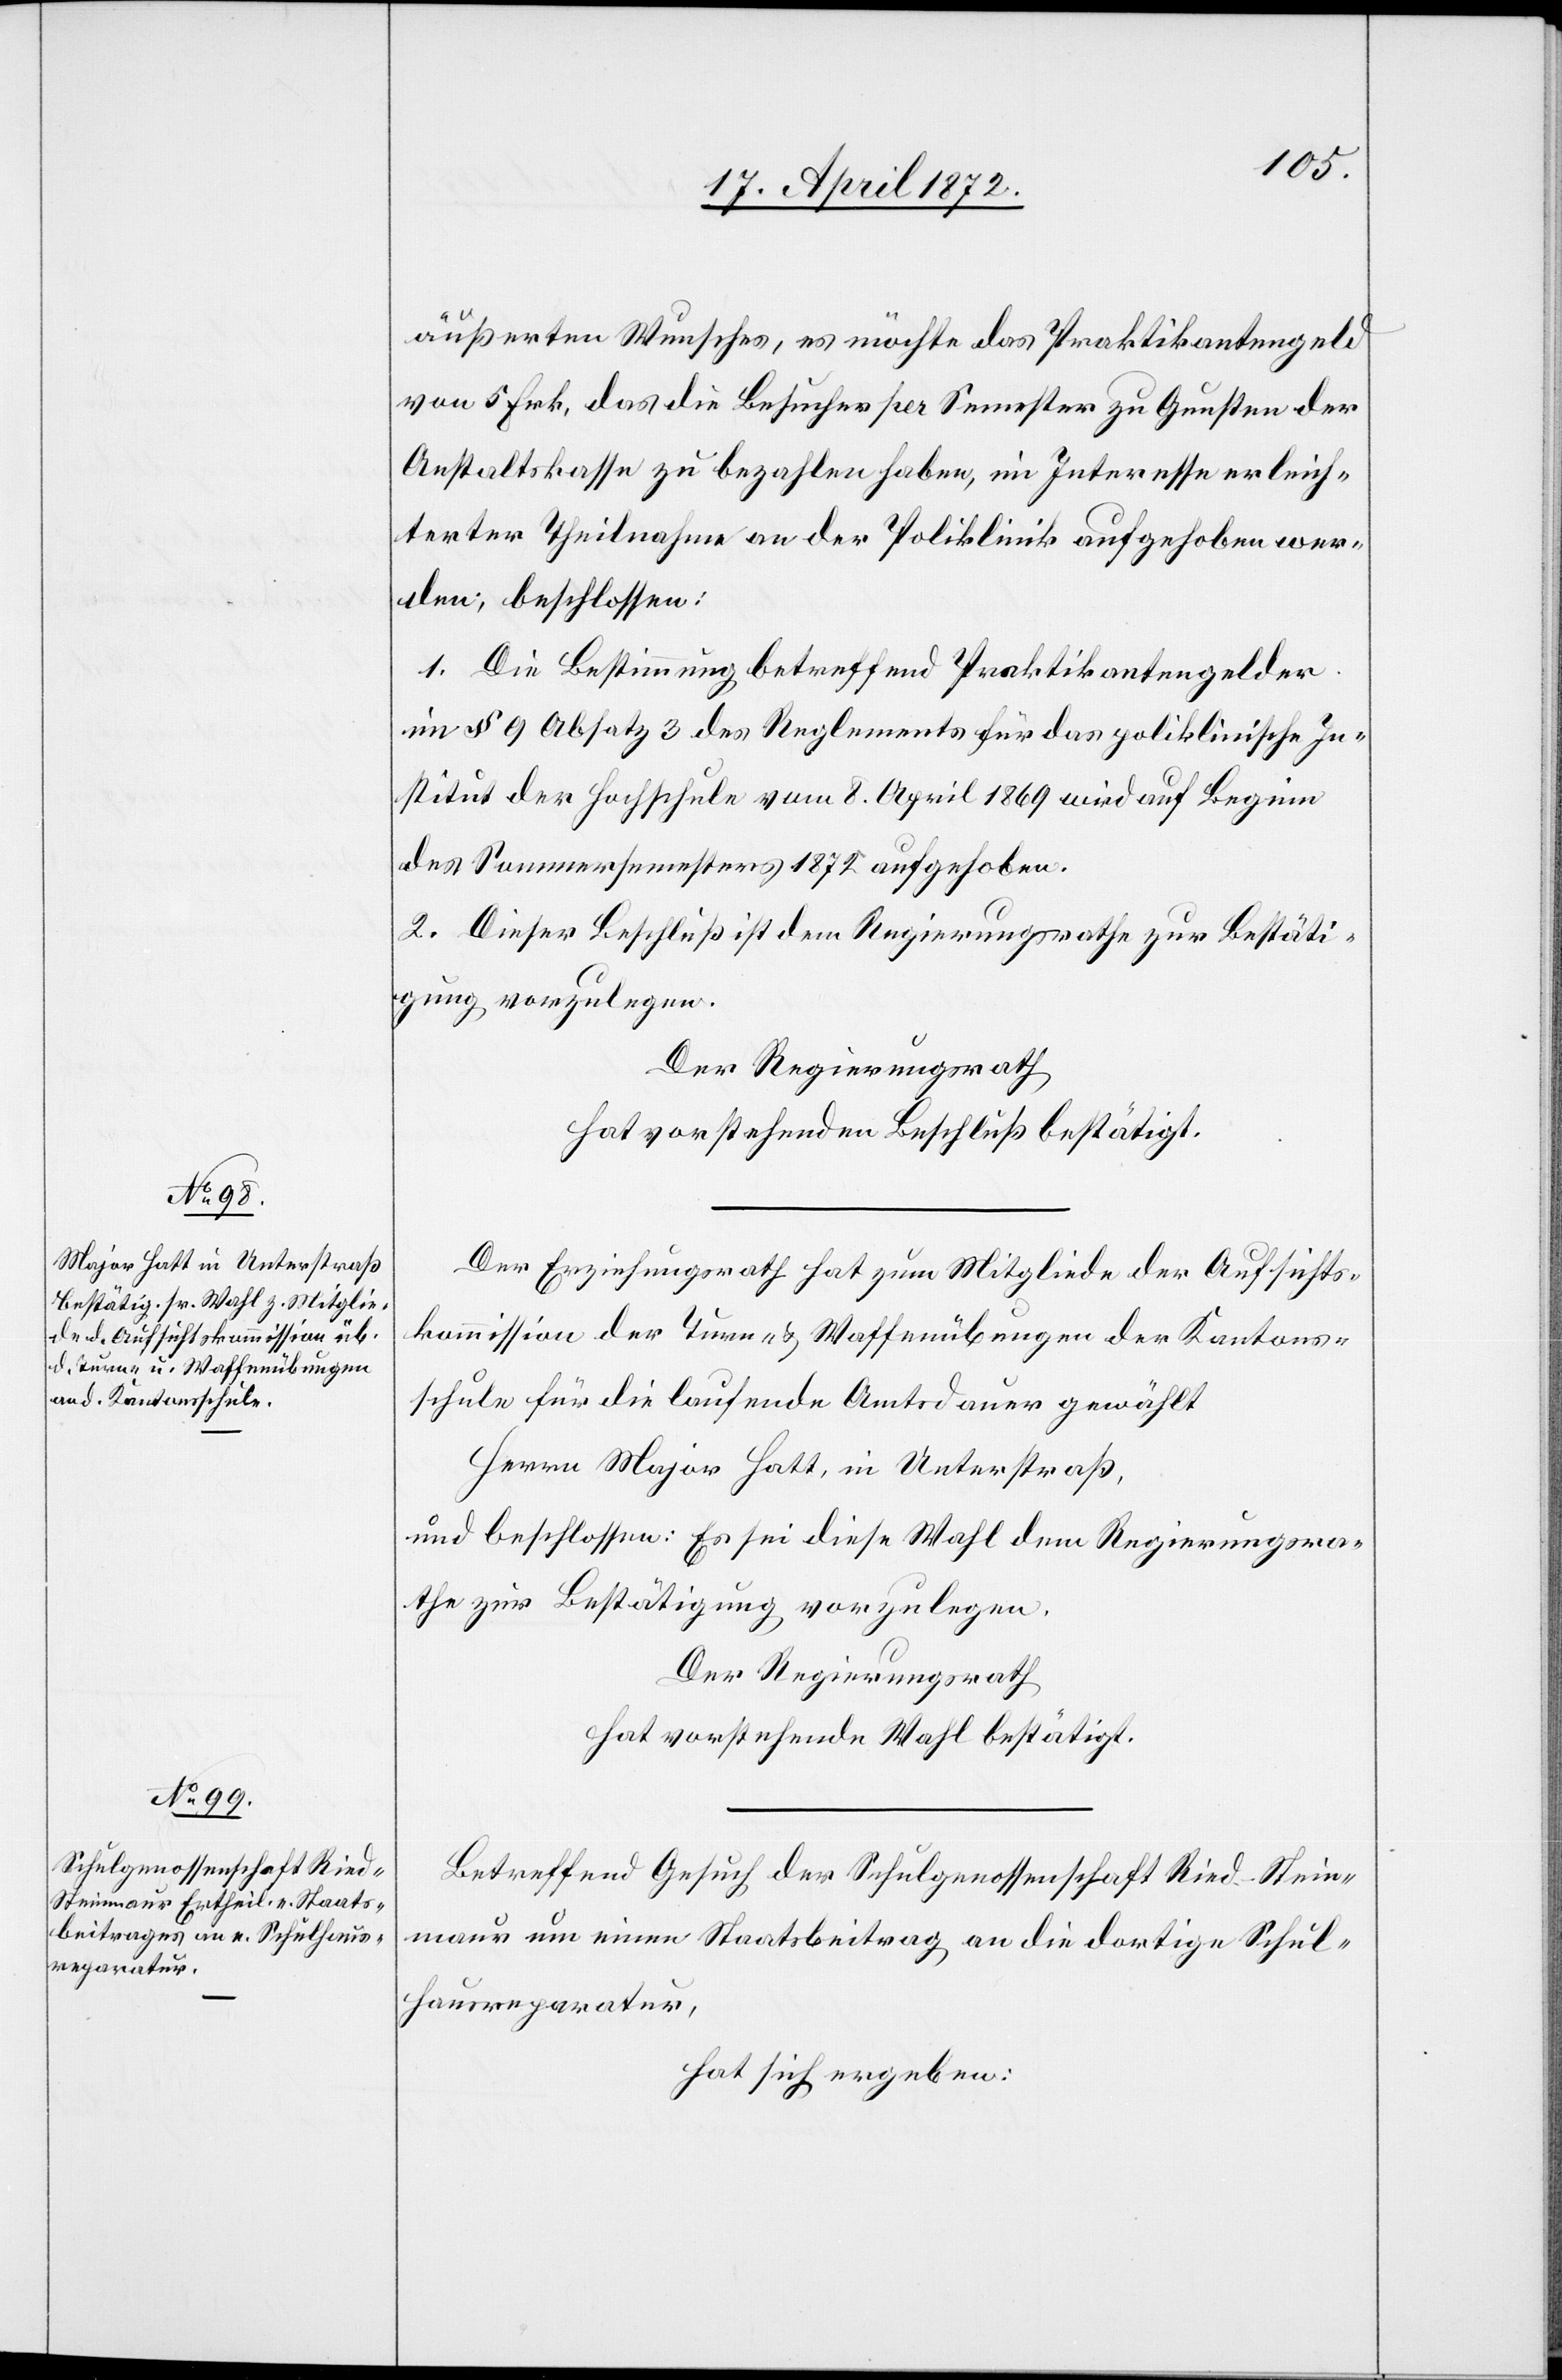
äußerten Wunsches, es möchte das Praktikantengeld
von 5 Frk, das die Besucher per Semester zu Gunsten der
Anstaltskasse zu bezahlen haben, im Interesse erleich¬
terter Theilnahme an der Poliklinik aufgehoben wer¬
den; beschlossen:
1. Die Bestimmung betreffend Praktikantengelder
im § 9 Absatz 3 des Reglements für das poliklinische In¬
stitut der Hochschule vom 8. April 1869 wird auf Beginn
des Sommersemesters 1872 aufgehoben.
2. Dieser Beschluß ist dem Regierungsrathe zur Bestäti¬
gung vorzulegen.
Der Regierungsrath
hat vorstehenden Beschluß bestätigt.
Der Erziehungsrath hat zum Mitgliede der Aufsichts¬
kommission der Turn- u. Waffenübungen der Kantons¬
schule für die laufende Amtsdauer gewählt
Herrn Major Hatt, in Unterstraß,
und beschlossen: Es sei diese Wahl dem Regierungsra¬
the zur Bestätigung vorzulegen.
Der Regierungsrath
hat vorstehende Wahl bestätigt.
Betreffend Gesuch der Schulgenossenschaft Ried - Stein¬
maur um einen Staatsbeitrag an die dortige Schul¬
hausreparatur,
hat sich ergeben: